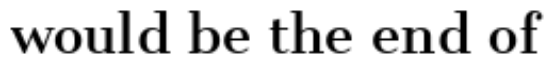
would be the end of